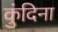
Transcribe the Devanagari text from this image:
कुंदिना